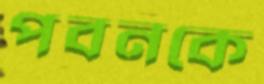
পবনকে